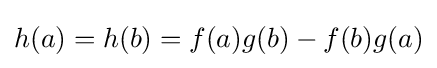
h(a)=h(b)=f(a)g(b)-f(b)g(a)